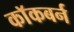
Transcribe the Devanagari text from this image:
काॅकबर्न